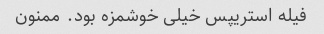
فیله استریپس خیلی خوشمزه بود. ممنون